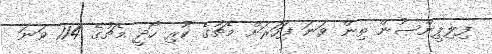
ފިލިޕީންސުން ތިން ވަނަ ފަހަރަށް މެޗުގެ ކުރި ހޯދީ މެޗުގެ 114 ވަނަ